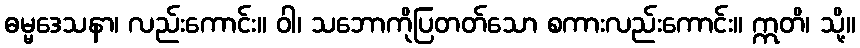
ဓမ္မဒေသနာ၊ လည်းကောင်း။ ဝါ၊ သဘောကိုပြတတ်သော စကားလည်းကောင်း။ ဣတိ၊ သို့။